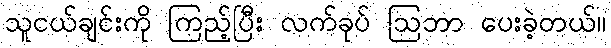
သူငယ်ချင်းကို ကြည့်ပြီး လက်ခုပ် ဩဘာ ပေးခဲ့တယ်။